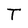
Character: T